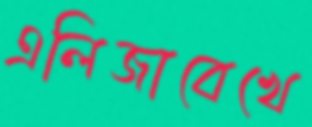
এলিজাবেখে